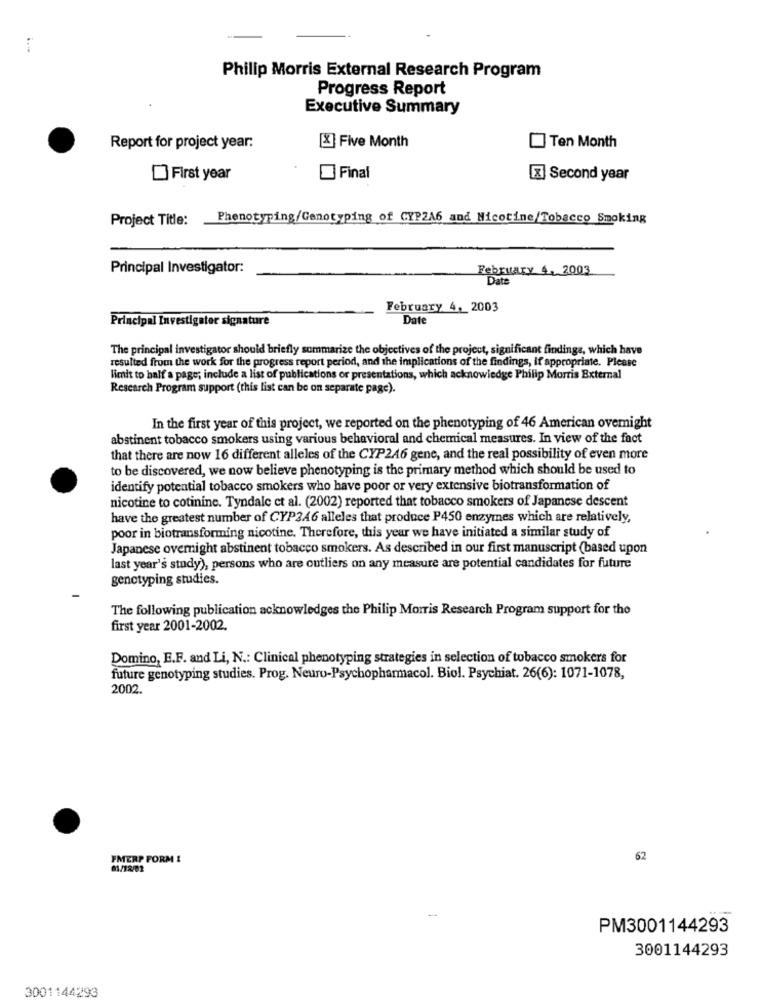
Philip Morris External Research Program
Progress Report
Executive Summary
[X] Five Month
Report for project year:
Ten Month
First year
Final
x Second year
Project Title:
Phenotyping/Genotyping of CYP2A6 and Nicotine/Tobacco Smoking
Principal Investigator:
February 4, 2003
Date
February 4, 2003
Principal Investigator signature
Date
The principal investigator should briefly summarize the objectives of the project, significant findings, which have
resulted from the work for the progress report period, and the implications of the findings, If appropriate. Please
limit to half a page; include a list of publications or presentations, which acknowledge Philip Morris External
Research Program support (this list can be on separate page).
In the first year of this project, we reported on the phenotyping of 46 American overnight
abstinent tobacco smokers using various behavioral and chemical measures. In view of the fact
that there are now 16 different alleles of the CYP246 gene, and the real possibility of even more
to be discovered, we now believe phenotyping is the primary method which should be used to
identify potential tobacco smokers who have poor or very extensive biotransformation of
nicotine to cotinine. Tyndale et al. (2002) reported that tobacco smokers of Japanese descent
have the greatest number of CYP346 alleles that produce P450 enzymes which are relatively,
poor in biotransforming nicotine. Therefore, this year we have initiated a similar study of
Japanese overnight abstinent tobacco smokers. As described in our first manuscript (based upon
last year's study), persons who are outliers on any measure are potential candidates for future
genotyping studies.
The following publication acknowledges the Philip Morris Research Program support for the
first year 2001-2002.
Domino, E.F. and Li, N .: Clinical phenotyping strategies in selection of tobacco smokers for
future genotyping studies. Prog. Neuro-Psychopharmacol. Biol. Psychiat. 26(6): 1071-1078,
2002.
FMERP FORM !
62
81/12/02
-
PM3001144293
3001144293
3001144293